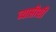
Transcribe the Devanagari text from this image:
व्याप्तीशी